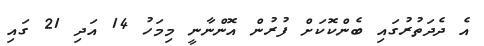
އެ ދެދަތުރުގައި ބެންކޮކަށް ފުރުން އޮންނާނީ މިމަހު 14 އަދި 21 ގައި